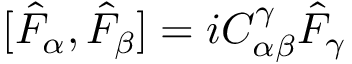
[ \hat { F } _ { \alpha } , \hat { F } _ { \beta } ] = i C _ { \alpha \beta } ^ { \gamma } \hat { F } _ { \gamma }